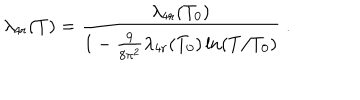
LaTeX: \lambda _ { 4 r } ( T ) = \frac { \lambda _ { 4 r } ( T _ { 0 } ) } { 1 - \frac { 9 } { 8 \pi ^ { 2 } } \lambda _ { 4 r } ( T _ { 0 } ) \ln ( T / T _ { 0 } ) } \; .